65_HS1-834228961_62-HQ-83894_Section_2
Agency: FBI
Page 37
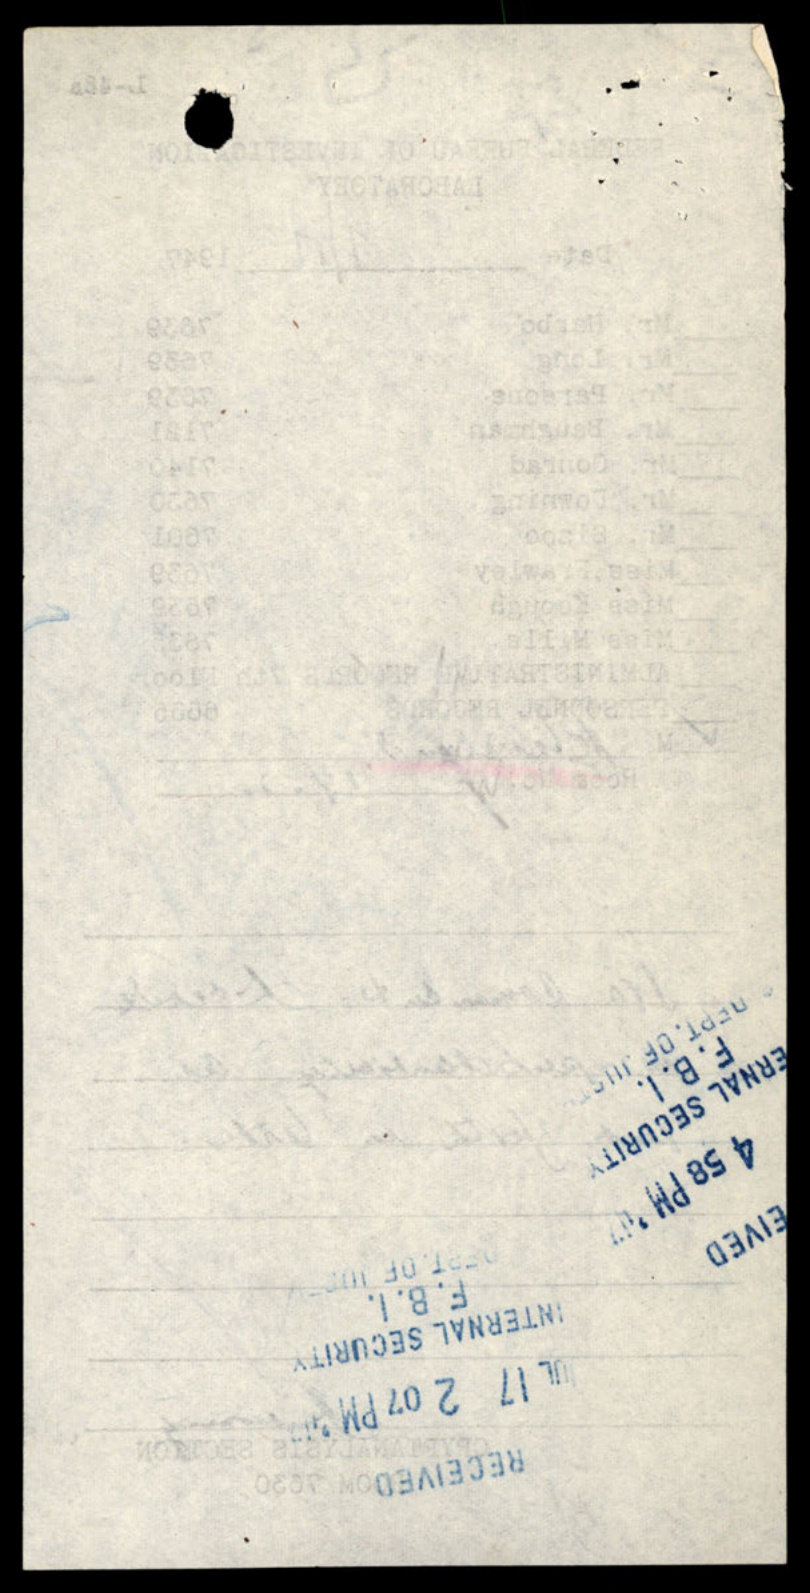